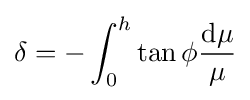
\delta =-\int _{0}^{h}{\tan \phi {\frac {{\text{d}}\mu }{\mu }}}